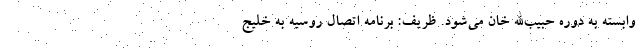
وابسته به دوره حبیب‌الله خان می‌شود. ظریف: برنامه اتصال روسیه به خلیج